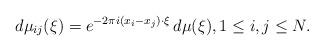
LaTeX: \begin{align*}d\mu_{ij}(\xi)=e^{-2\pi i (x_i-x_j)\cdot \xi}\,d\mu(\xi),1\le i,j\le N.\end{align*}